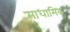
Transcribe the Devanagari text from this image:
माधामिक